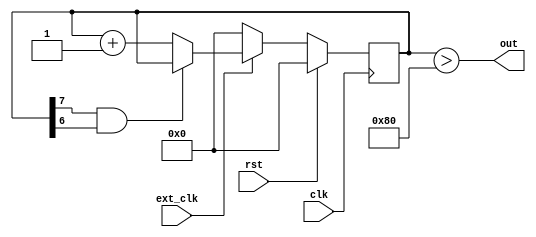
// Copyright 2024 Cisco and/or its affiliates
// SPDX-License-Identifier: Apache-2.0

module clock_reset 
    #(
    parameter COMPARISON = 8'h80
    )
    (
    input clk,  // clock
    input rst,  // reset
    input ext_clk,
    output out
  );
  
  reg [7:0] counter;
  
  assign out = counter > COMPARISON;

  
  /* Sequential Logic */
  always @(posedge clk) begin
    if (rst) begin
        counter <= 0;
    end else begin
        
        if (ext_clk == 1) begin
            // This prevents us from overflowing our counter, which we don't want to do
            if (counter[7] && counter[6]) begin
                counter <= counter;
            end else begin
                counter <= counter + 1;
            end
        end else begin
            counter <= 0;
        end
        
    end
  end
  
endmodule